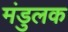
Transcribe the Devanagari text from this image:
मंडुलक